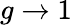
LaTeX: g\rightarrow 1